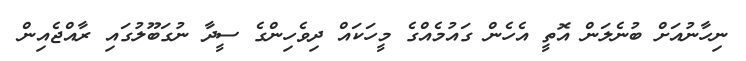
ނިހާނުއަށް ބުނެލަން އޮތީ އެހެން ގައުމެއްގެ މީހަކައް ދިވެހިންގެ ސީދާ ނުގަބޫލުގައި ރާއްޖެއިން